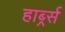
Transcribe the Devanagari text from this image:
हार्ब्र्स